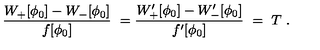
\frac { W _ { + } [ \phi _ { 0 } ] - W _ { - } [ \phi _ { 0 } ] } { f [ \phi _ { 0 } ] } \ = \frac { W _ { + } ^ { \prime } [ \phi _ { 0 } ] - W _ { - } ^ { \prime } [ \phi _ { 0 } ] } { f ^ { \prime } [ \phi _ { 0 } ] } \ = \ T \ .